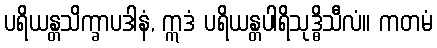
ပရိယန္တသိက္ခာပဒါနံ, ဣဒံ ပရိယန္တပါရိသုဒ္ဓိသီလံ။ ကတမံ